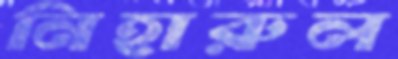
নিহারুল